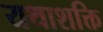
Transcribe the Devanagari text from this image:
यथाशक्ति